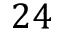
2 4